Leaving Certificate Examination, 1912
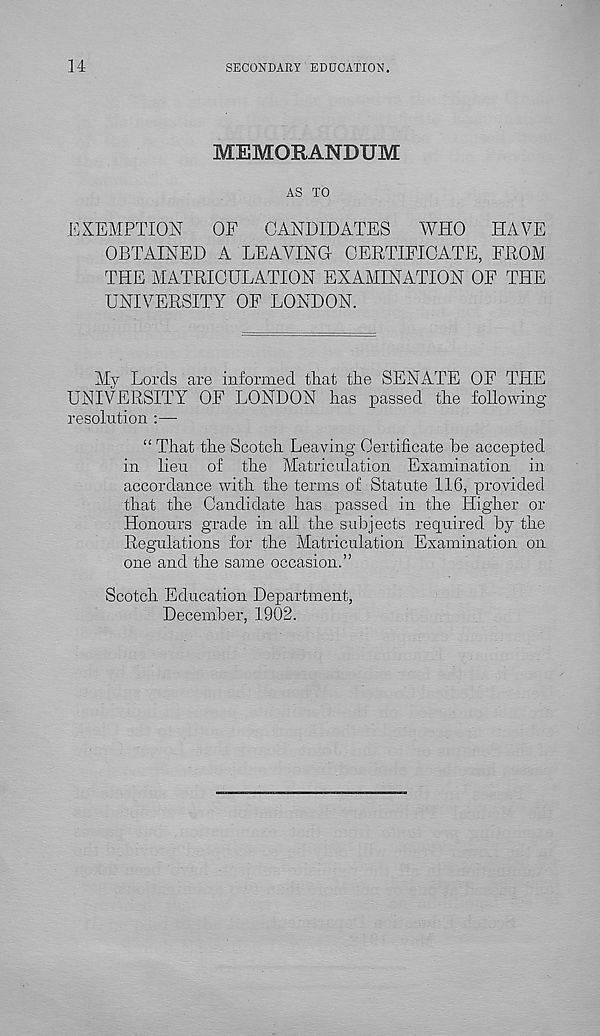
14
SECONDARY EDUCATION.
MEMORANDUM
AS TO
EXEMPTION
OF CANDIDATES WHO HAVE
OBTAINED A LEAVING CERTIFICATE, FROM
THE MATRICULATION EXAMINATION OF THE
UNIVERSITY OF LONDON.
My Lords are informed that the SENATE OF TPIE
UNIVERSITY OF LONDON has passed the following
resolution :—
“ That the Scotch Leaving Certificate he accepted
in lieu of the Matriculation Examination in
accordance with the terms of Statute 116, provided
that the Candidate has passed in the Higher or
Honours grade in all the subjects required by the
Regulations for the Matriculation Examination on
one and the same occasion.”
Scotch Education Department,
December, 1902.